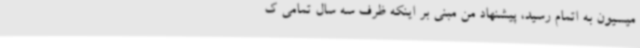
میسیون به اتمام رسید، پیشنهاد من مبنی بر اینکه ظرف سه سال تمامی ک